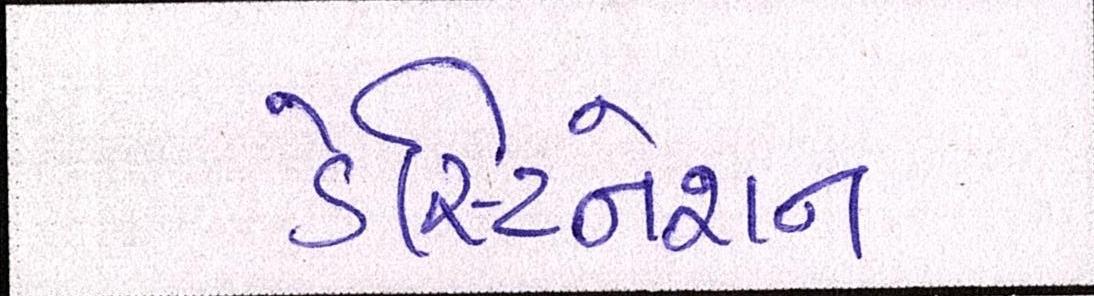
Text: ડેસ્ટિનેશન